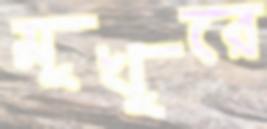
মুখুরে